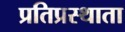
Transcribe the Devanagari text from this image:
प्रतिप्रस्थाता